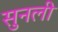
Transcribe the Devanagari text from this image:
सुनली